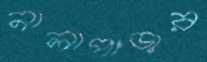
নালাপাড়ার